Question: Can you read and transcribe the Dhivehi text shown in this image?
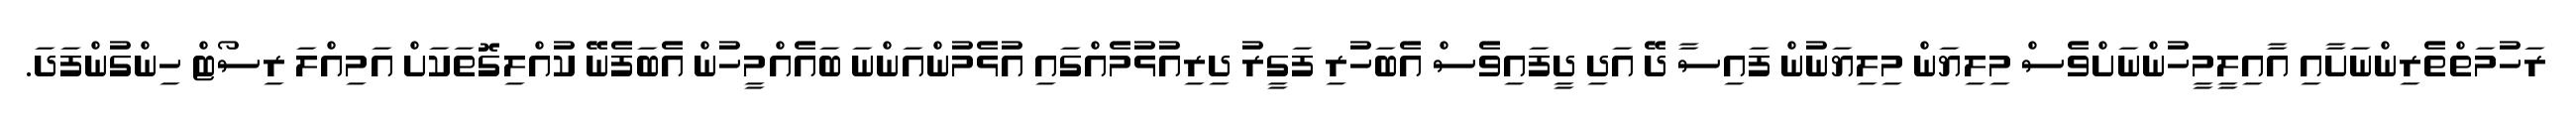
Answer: ރަހުމަތްތެރިންނަށާއި އާއިލީމީހުންނަށްވެސް މިލިޔަން މިލިޔަނުން ފައިސާ ދޭ އަދި ދީފައިވެސް އެބަހުރި ފަގީރު ދިރިއުޅުމެއްގައި އުޅެމުންއަންނަ ބައެއްމީހުން އެބަފެނޭ ކުއްލިގޮތަކަށް އަމިއްލަ ރިސޯޓް ހިންގުންފަދަ.